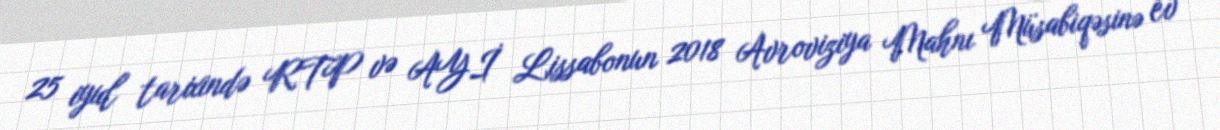
25 iyul tarixində RTP və AYİ Lissabonun 2018 Avroviziya Mahnı Müsabiqəsinə ev